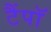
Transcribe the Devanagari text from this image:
टैंपॉ